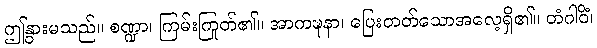
ဤနွားမသည်။ စဏ္ဍာ၊ ကြမ်းကြုတ်၏။ အာကဍ္ဎနာ၊ ပြေးတတ်သောအလေ့ရှိ၏။ တံဂါဝိံ၊